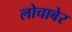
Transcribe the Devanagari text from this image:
लोचाबेर